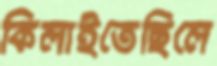
কিলাইতেছিলে